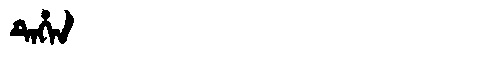
Manchu: ᡨᡝᡥᡝᠨ
Romanization: TEHEN